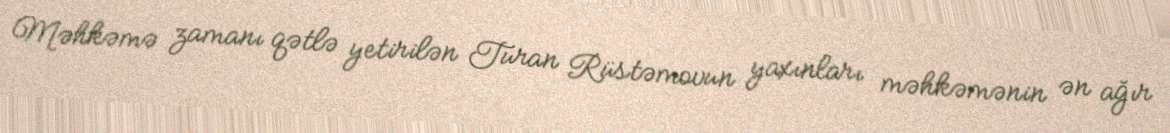
Məhkəmə zamanı qətlə yetirilən Turan Rüstəmovun yaxınları məhkəmənin ən ağır